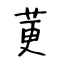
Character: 莄